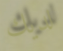
لديك